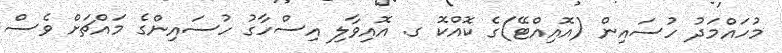
މުހައްމަދު ހުސައިން (އޮއިއްޓޭ)ގެ ކޮއްކޮ ގ. އޮއިވާލި އިސްހާގު ހުސައިންގެ މައްޗަށް ވެސް